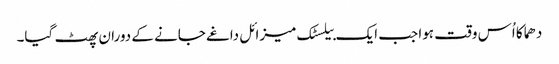
دھماکا اُس وقت ہوا جب ایک بیلسٹک میزائل داغے جانے کے دوران پھٹ گیا۔